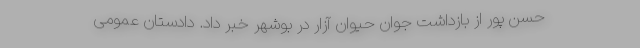
حسن پور از بازداشت جوان حیوان آزار در بوشهر خبر داد. دادستان عمومی